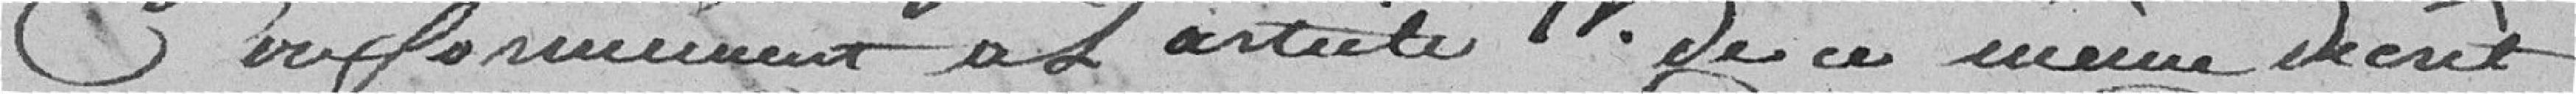
Conformément à L'article IV de ce meme droit